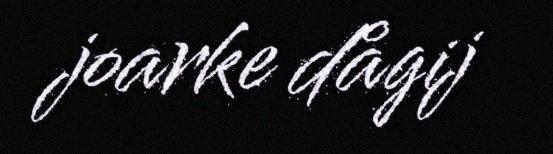
joarke dågij